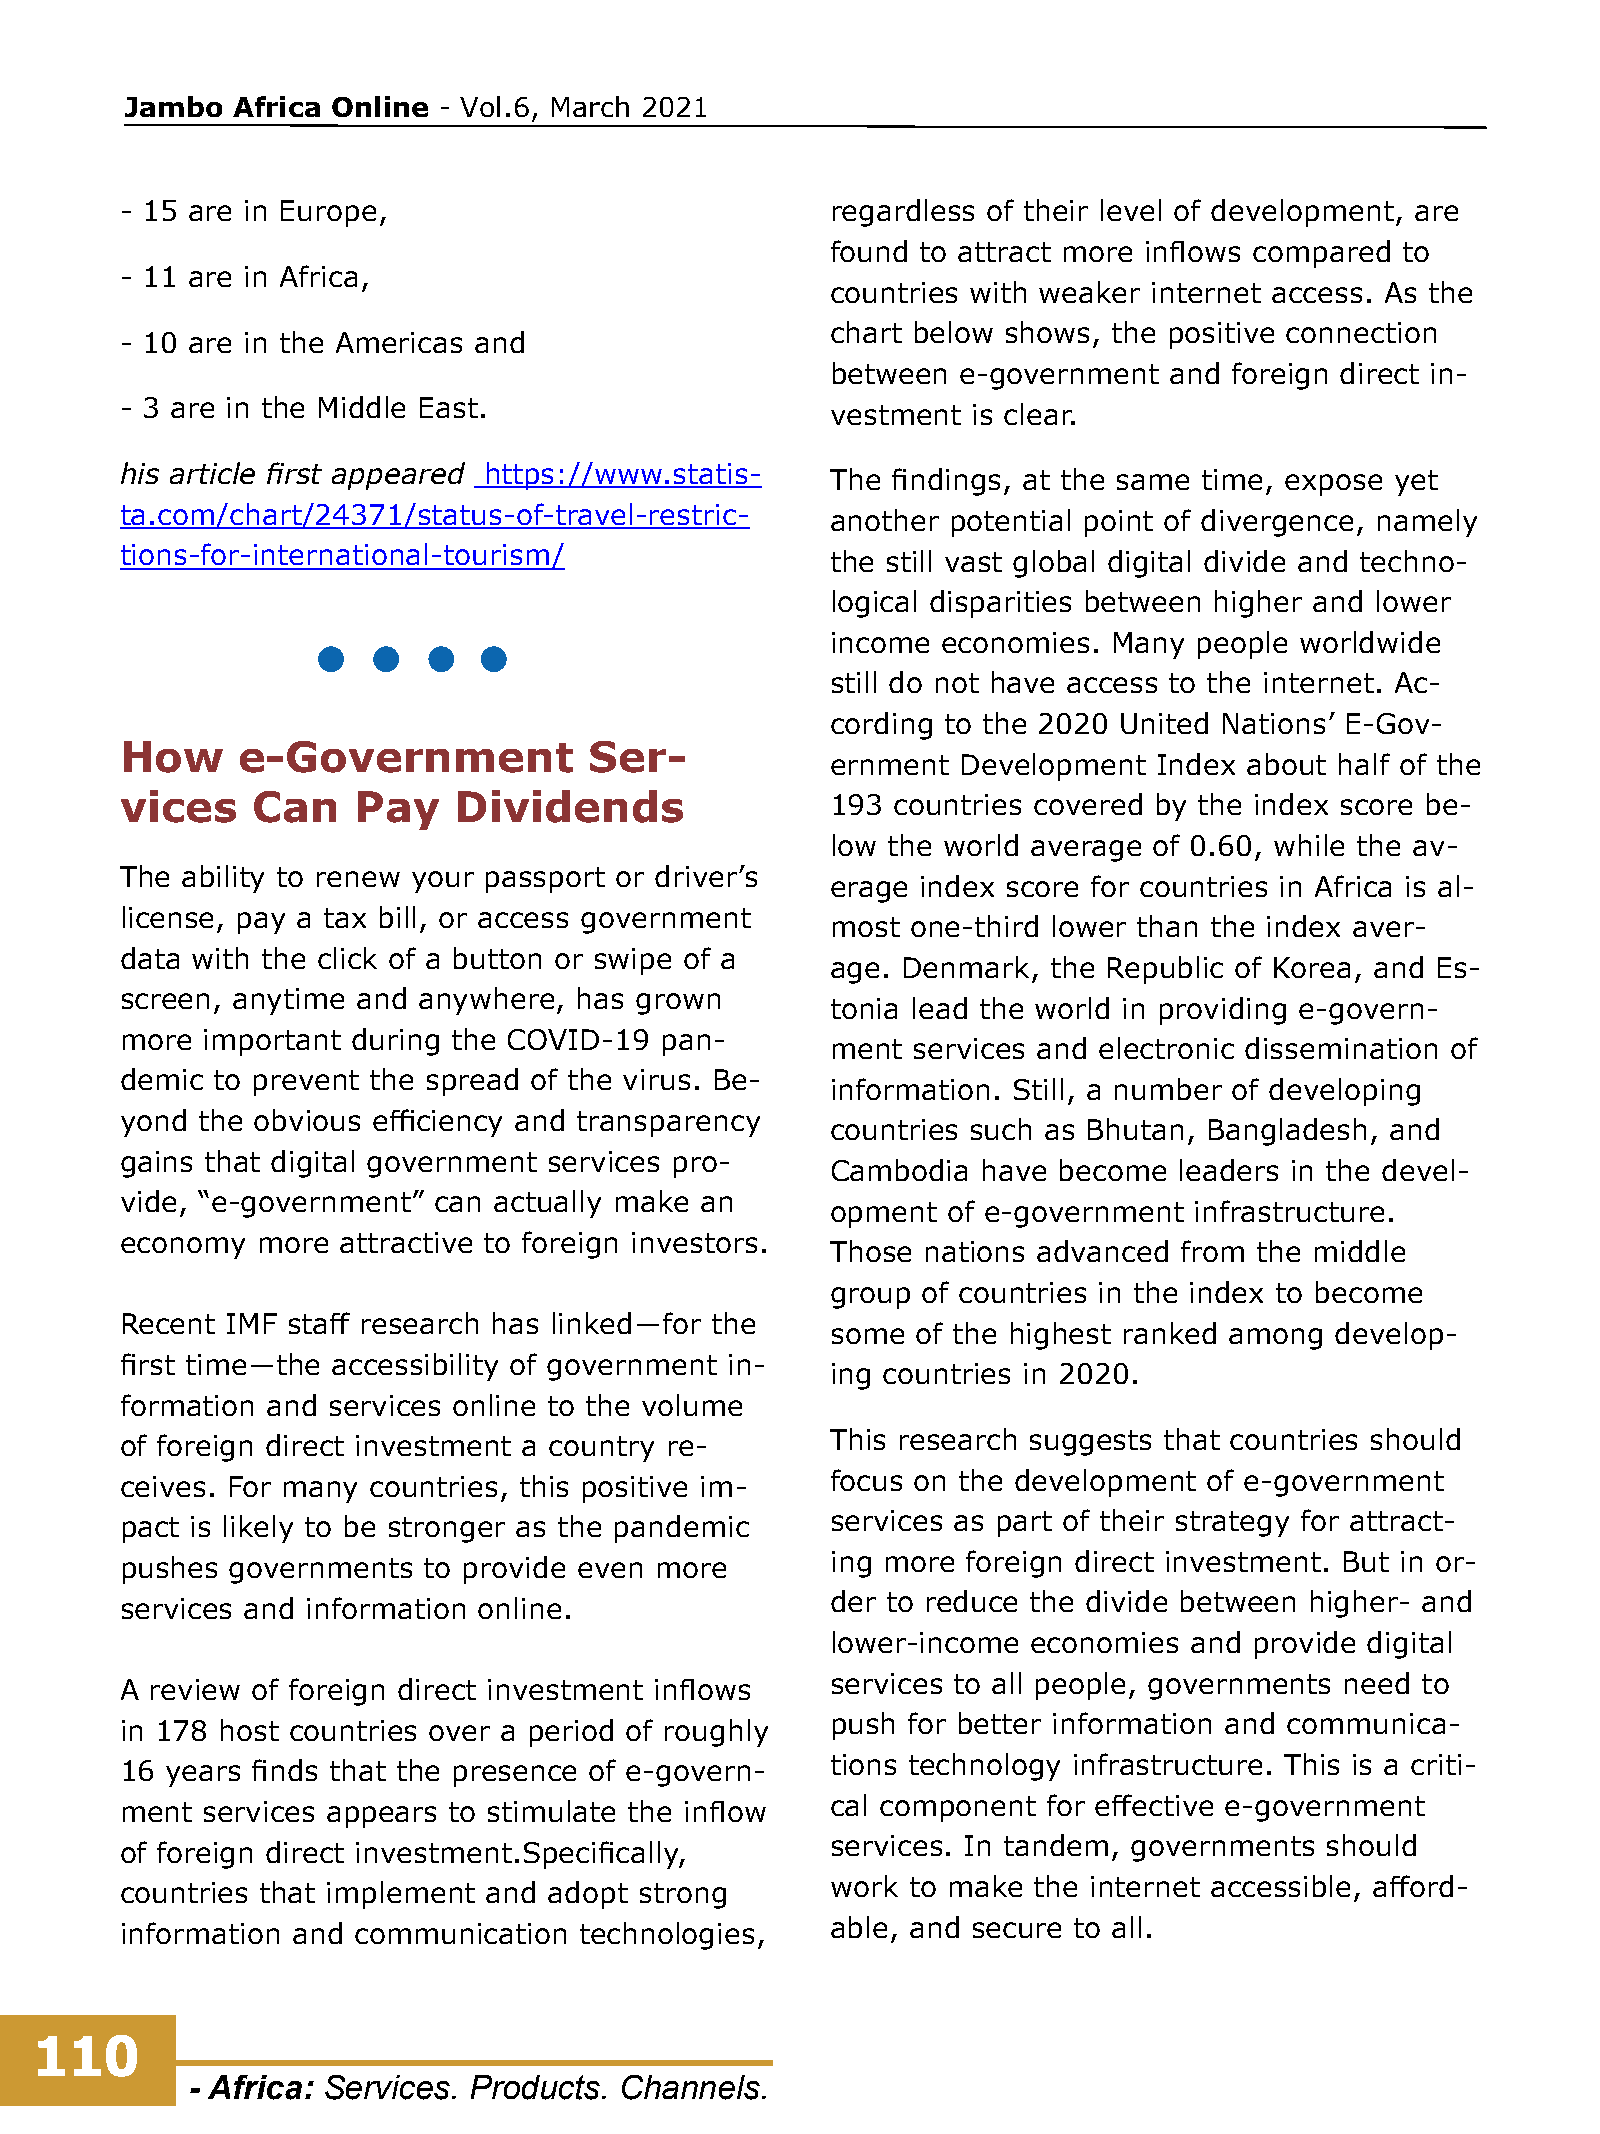
Jambo  Africa Online - Vol.6, March 2021
 - 15 are in Europe,                            regardless of their level of development, are
 found to attract more inflows compared to
 - 11 are in Africa,
 countries with weaker internet access. As the
 chart below shows, the positive connection
 - 10 are in the Americas and
 between  e-government and  foreign direct in-
 - 3 are in the Middle East.                    vestment is clear.
 his article first appeared https://www.statis- The findings, at the same time, expose yet
 ta.com/chart/24371/status-of-travel-restric-   another potential point of divergence, namely
 tions-for-international-tourism/               the still vast global digital divide and techno-
 logical disparities between higher and lower
 income economies.  Many people worldwide
 still do not have access to the internet. Ac-
 cording to the 2020 United Nations’ E-Gov-
 How     e-Government           Ser-
 ernment  Development  Index about half of the
 vices    Can   Pay    Dividends                193 countries covered by the index score be-
 low the world average of 0.60, while the av-
 The ability to renew your passport or driver’s
 erage index score for countries in Africa is al-
 license, pay a tax bill, or access government
 most one-third lower than the index aver-
 data with the click of a button or swipe of a
 age. Denmark,  the Republic of Korea, and Es-
 screen, anytime and anywhere, has grown
 tonia lead the world in providing e-govern-
 more important during the COVID-19  pan-
 ment services and electronic dissemination of
 demic to prevent the spread of the virus. Be-
 information. Still, a number of developing
 yond the obvious efficiency and transparency
 countries such as Bhutan, Bangladesh, and
 gains that digital government services pro-
 Cambodia  have become  leaders in the devel-
 vide, “e-government” can actually make an
 opment  of e-government infrastructure.
 economy  more  attractive to foreign investors.
 Those nations advanced from the middle
 group of countries in the index to become
 Recent IMF staff research has linked―for the
 some  of the highest ranked among develop-
 first time―the accessibility of government in-
 ing countries in 2020.
 formation and services online to the volume
 of foreign direct investment a country re-     This research suggests that countries should
 ceives. For many countries, this positive im-  focus on the development of e-government
 pact is likely to be stronger as the pandemic  services as part of their strategy for attract-
 pushes governments  to provide even more       ing more foreign direct investment. But in or-
 services and information online.               der to reduce the divide between higher- and
 lower-income economies  and provide digital
 A review of foreign direct investment inflows  services to all people, governments need to
 in 178 host countries over a period of roughly push for better information and communica-
 16 years finds that the presence of e-govern-  tions technology infrastructure. This is a criti-
 ment services appears to stimulate the inflow  cal component for effective e-government
 of foreign direct investment.Specifically,     services. In tandem, governments should
 countries that implement and adopt strong      work to make the internet accessible, afford-
 information and communication technologies,    able, and secure to all.
 110
 - Africa: Services. Products. Channels.